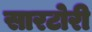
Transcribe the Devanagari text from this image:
सारटोरी